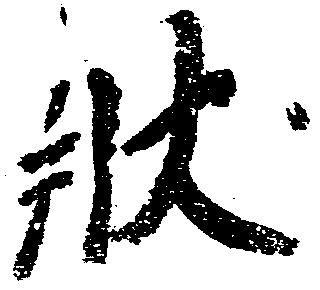
状